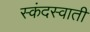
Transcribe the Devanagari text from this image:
स्कंदस्वाती